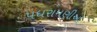
પધરામણીઓ